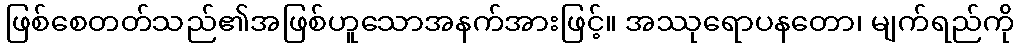
ဖြစ်စေတတ်သည်၏အဖြစ်ဟူသောအနက်အားဖြင့်။ အဿုရောပနတော၊ မျက်ရည်ကို